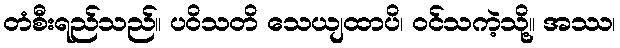
တံစီးရည်သည်။ ပဝိသတိ သေယျထာပိ၊ ဝင်သကဲ့သို့။ အဿ၊